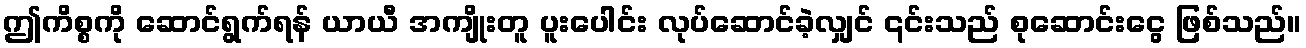
ဤကိစ္စကို ဆောင်ရွက်ရန် ယာယီ အကျိုးတူ ပူးပေါင်း လုပ်ဆောင်ခဲ့လျှင် ၎င်းသည် စုဆောင်းငွေ ဖြစ်သည်။